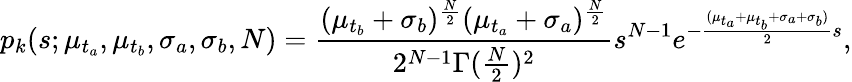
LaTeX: p_{k}(s;\mu_{t_{a}},\mu_{t_{b}},\sigma_{a},\sigma_{b},N)=\frac{(\mu_{t_{b}}+\sigma_{b})^{\frac{N}{2}}(\mu_{t_{a}}+\sigma_{a})^{\frac{N}{2}}}{2^{N-1}\Gamma(\frac{N}{2})^{2}}s^{N-1}e^{-\frac{(\mu_{t_{a}}+\mu_{t_{b}}+\sigma_{a}+\sigma_{b})}{2}s},